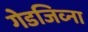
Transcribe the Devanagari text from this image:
गेडजिव्ना